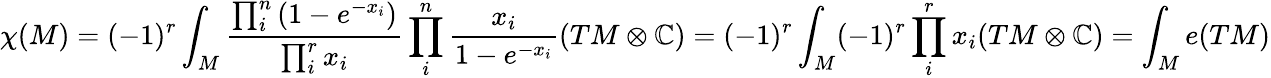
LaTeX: \chi(M)=(-1)^{r}\int_{M}{\frac{\prod_{i}^{n}\left(1-e^{-x_{i}}\right)}{\prod_{i}^{r}x_{i}}}\prod_{i}^{n}{\frac{x_{i}}{1-e^{-x_{i}}}}(TM\otimes\mathbb{C})=(-1)^{r}\int_{M}(-1)^{r}\prod_{i}^{r}x_{i}(TM\otimes\mathbb{C})=\int_{M}e(TM)